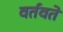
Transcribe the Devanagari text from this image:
वर्तवते